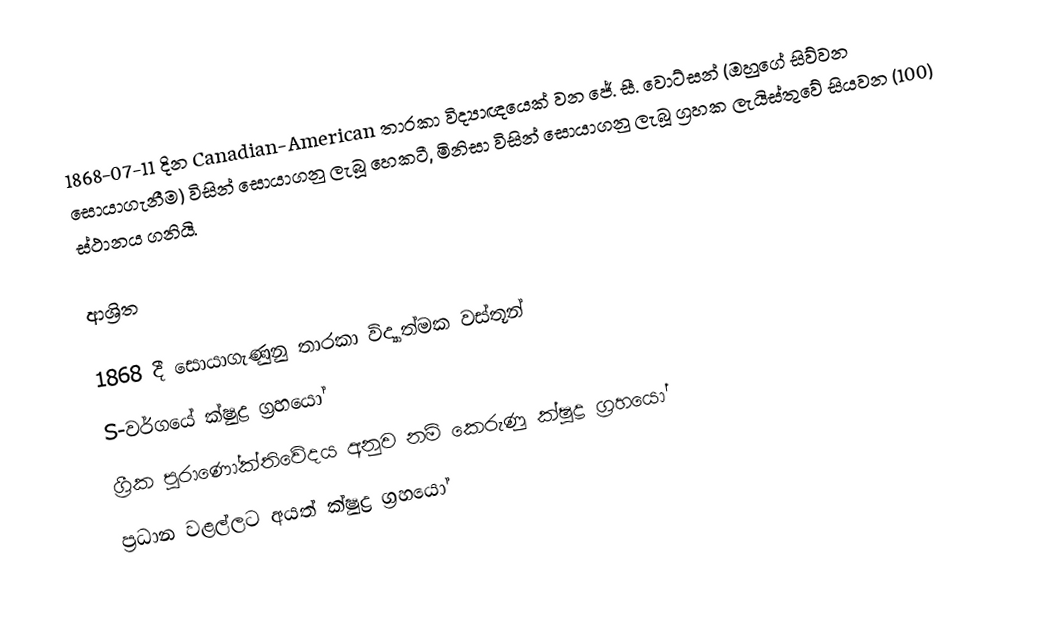
1868-07-11 දින Canadian-American තාරකා විද්‍යාඥයෙක් වන ජේ. සී. වොට්සන් (ඔහුගේ සිව්වන සොයාගැනීම) විසින් සොයාගනු ලැබූ හෙකටී, මිනිසා විසින් සොයාගනු ලැබූ ග්‍රහක ලැයිස්තුවේ සියවන (100) ස්ථානය ගනියි.

ආශ්‍රිත

 1868 දී සොයාගැණුනු තාරකා විද්‍යාත්මක වස්තූන්
S-වර්ගයේ ක්ෂුද්‍ර ග්‍රහයෝ
 ග්‍රීක පුරාණෝක්තිවේදය අනුව නම් කෙරුණු ක්ෂුද්‍ර ග්‍රහයෝ
ප්‍රධාන වළල්ලට අයත් ක්ෂුද්‍ර ග්‍රහයෝ